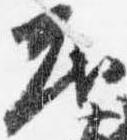
茂